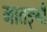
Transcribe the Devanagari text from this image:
मातङ्गी